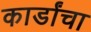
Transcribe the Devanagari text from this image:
कार्डांचा